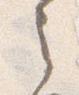
之